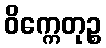
ဝိက္ကေတုဉ္စ